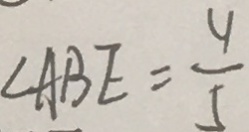
\angle A B E = \frac { 4 } { 5 }